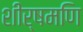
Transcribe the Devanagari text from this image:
शीर्षमणि